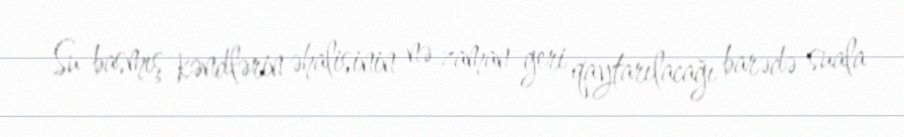
Su basmış kəndlərin əhalisinin nə zaman geri qaytarılacağı barədə suala